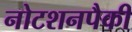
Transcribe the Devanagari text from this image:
नोटशनपैकी